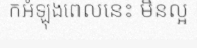
កអំឡុងពេលនេះ មិនល្អ